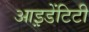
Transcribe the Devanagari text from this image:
आइ़डेंटिटी